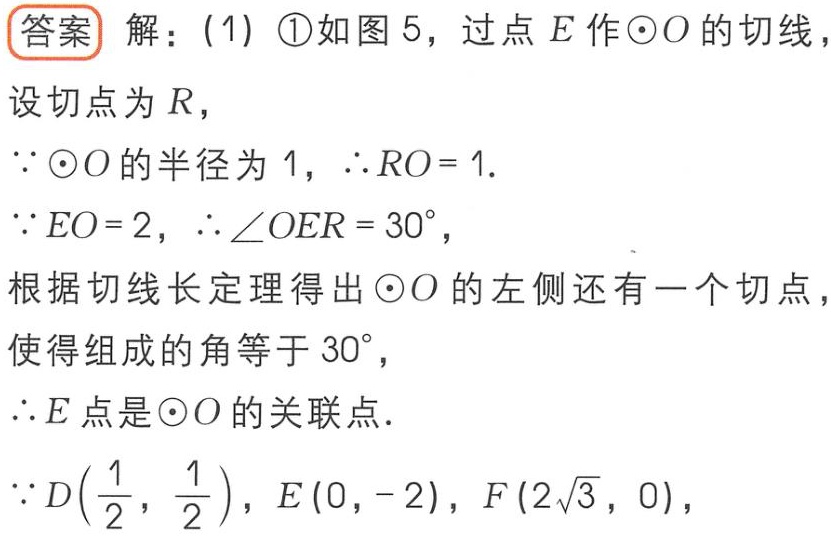
答案 解：(1) \textcircled{1}如图 5，过点 \(E\) 作\(\odot O\)的切线，
设切点为 \(R\)，
\(\because\odot O\)的半径为 \(1\)，\(\therefore RO = 1\).
\(\because EO = 2\)，\(\therefore\angle OER = 30^{\circ}\)，
根据切线长定理得出\(\odot O\)的左侧还有一个切点，
使得组成的角等于 \(30^{\circ}\)，
\(\therefore E\)点是\(\odot O\)的关联点.
\(\because D\left(\frac{1}{2},\frac{1}{2}\right)\)，\(E(0, - 2)\)，\(F(2\sqrt{3},0)\)，